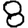
Digit: 8